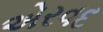
એરવદ